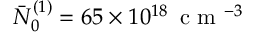
\bar { N } _ { 0 } ^ { ( 1 ) } = 6 5 \times 1 0 ^ { 1 8 } \, \mathrm { ~ c ~ m ~ } ^ { - 3 }